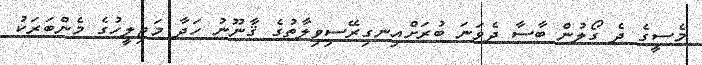
މެސީގެ ދެ ގޯލުން ބާސާ ދެވަނަ ބުރަށްއިނގިރޭސިވިލާތުގެ ޤާނޫނު ހަދާ މަޖިލީހުގެ މެންބަރަކު